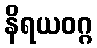
နိရယဝဂ္ဂ